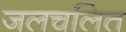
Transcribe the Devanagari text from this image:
जलचलित